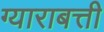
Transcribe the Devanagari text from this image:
ग्याराबत्ती